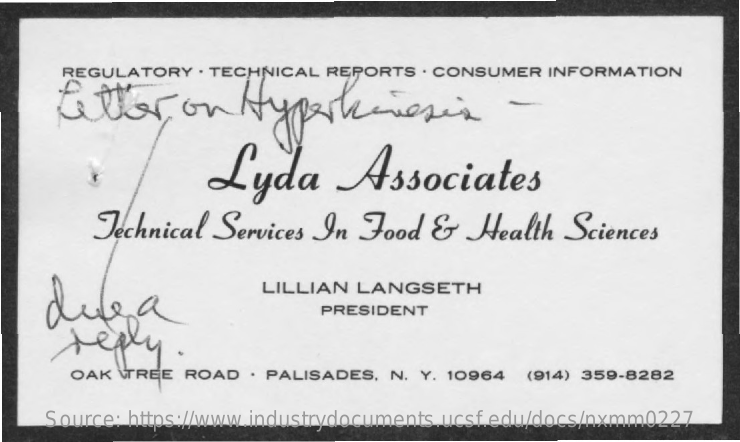
REGULATORY  . TECHNICAL REPORTS  . CONSUMER INFORMATION
     tetter    on    Ny
     Lyda    Associates
     Technical  Services In  Food  &   Health   Sciences
    difea
     LILLIAN LANGSETH
     PRESIDENT
     reply
     OAK  TREE ROAD  . PALISADES, N. Y. 10964 (914) 359-8282
     Source: https://www.industrydocuments.ucsf.edu/docs/nxmm0227